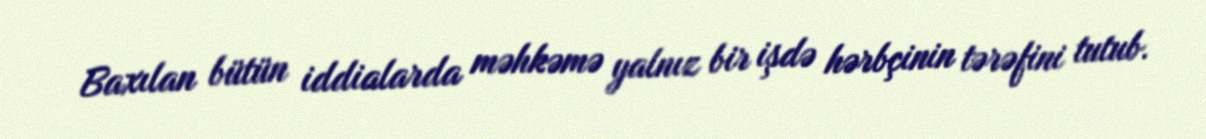
Baxılan bütün iddialarda məhkəmə yalnız bir işdə hərbçinin tərəfini tutub.